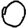
Digit: 0